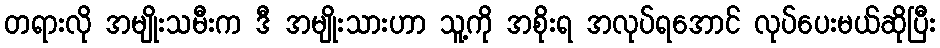
တရားလို အမျိုးသမီးက ဒီ အမျိုးသားဟာ သူ့ကို အစိုးရ အလုပ်ရအောင် လုပ်ပေးမယ်ဆိုပြီး